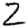
Digit: 2